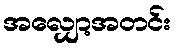
အလျှော့အတင်း